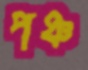
পঞ্চ